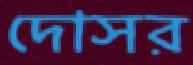
দোসর